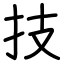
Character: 技